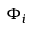
\Phi _ { i }